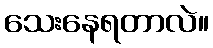
သေးနေရတာလဲ။